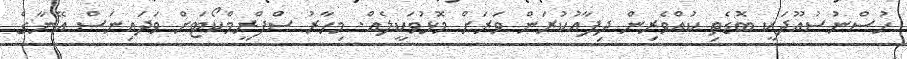
ހުސްނުސުއޫދަކީ ބޮޑެތި ކުއްވެރިން ދިފާއުކުރަން ވަރަށް މޮޅުވަކީލެއް. މިހާރު ސްފްރީމްކޯޓަށް ވަދައިނަސް އޭނާގެ